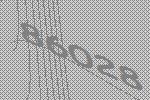
86028